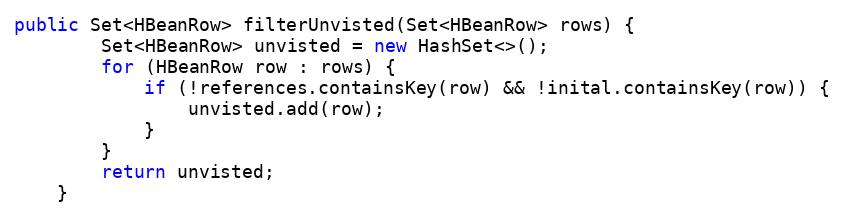
Language: Java
public Set<HBeanRow> filterUnvisted(Set<HBeanRow> rows) {
        Set<HBeanRow> unvisted = new HashSet<>();
        for (HBeanRow row : rows) {
            if (!references.containsKey(row) && !inital.containsKey(row)) {
                unvisted.add(row);
            }
        }
        return unvisted;
    }